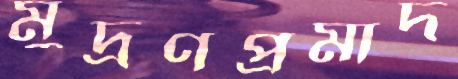
মুদ্রণপ্রমাদ